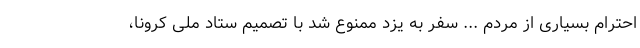
احترام بسیاری از مردم ... سفر به یزد ممنوع شد با تصمیم ستاد ملی کرونا،